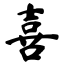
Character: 喜